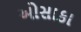
ઓસાકા